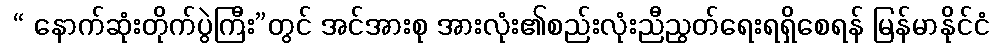
 “ နောက်ဆုံးတိုက်ပွဲကြီး”တွင် အင်အားစု အားလုံး၏စည်းလုံးညီညွတ်ရေးရရှိစေရန် မြန်မာနိုင်ငံ